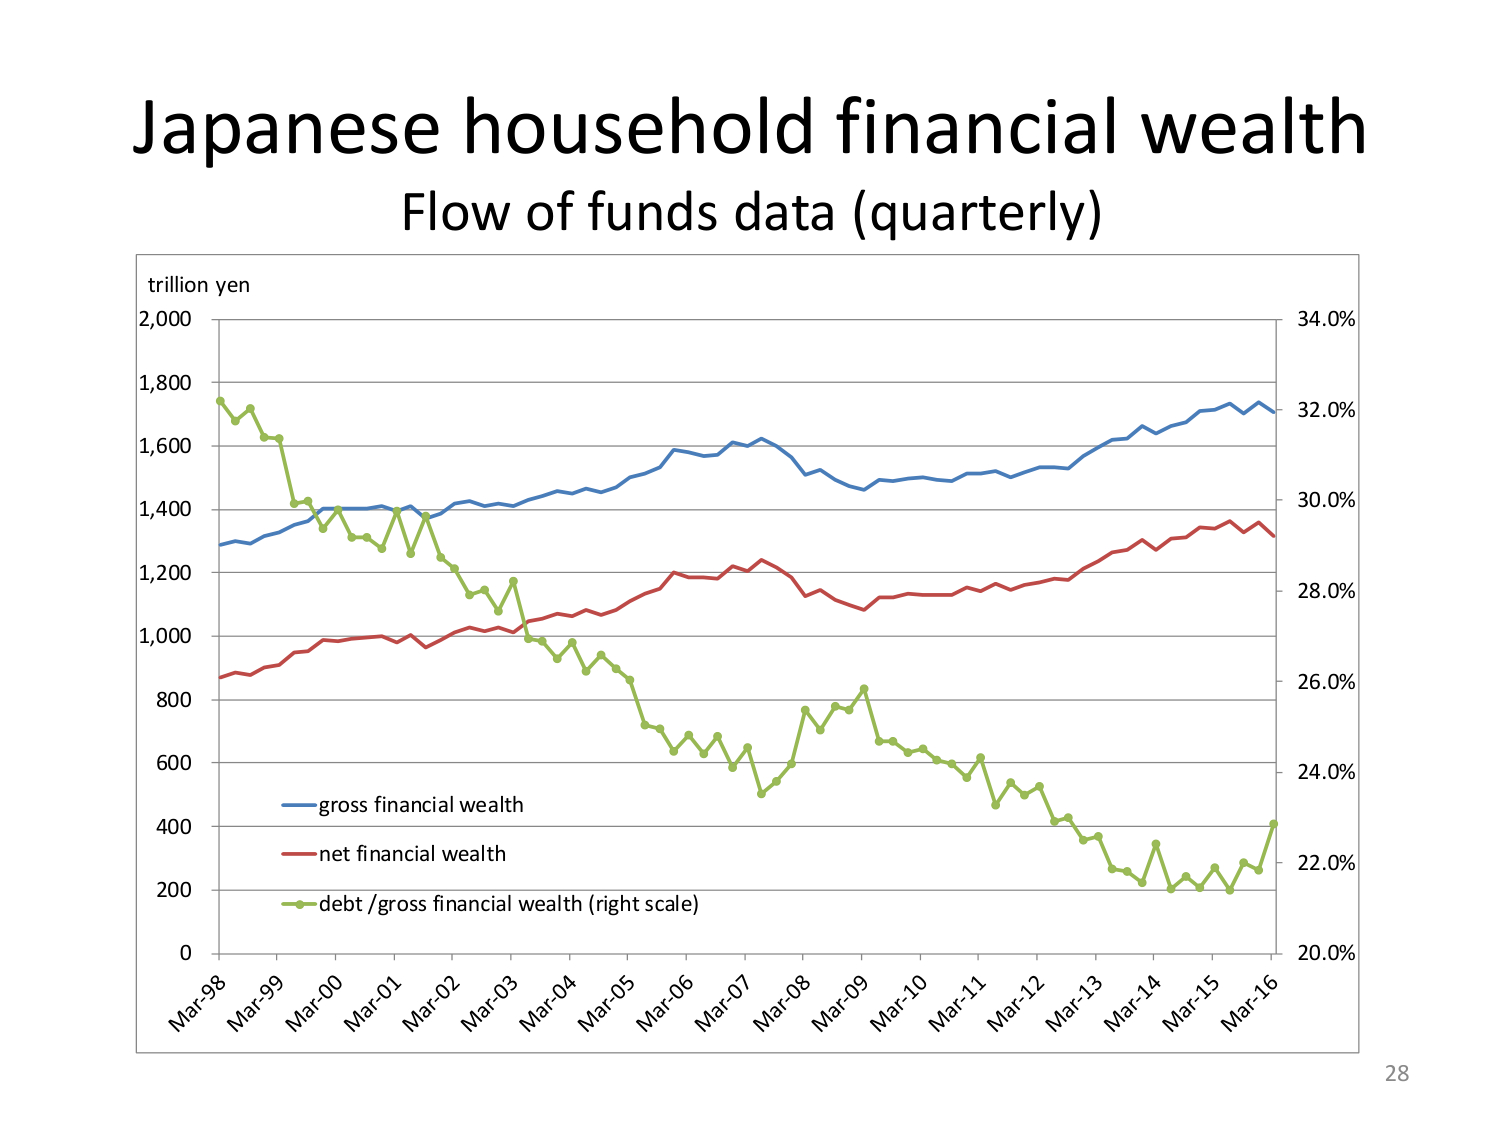
Japanese household financial wealth
Flow of funds data (quarterly)

trillion yen
2,000
1,800
1,600
1,400
1,200
1,000
800
600
400
200
0

Mar-98  Mar-99  Mar-00  Mar-01  Mar-02  Mar-03  Mar-04  Mar-05  Mar-06  Mar-07  Mar-08  Mar-09  Mar-10  Mar-11  Mar-12  Mar-13  Mar-14  Mar-15  Mar-16

34.0%
32.0%
30.0%
28.0%
26.0%
24.0%
22.0%
20.0%

— gross financial wealth
— net financial wealth
— debt / gross financial wealth (right scale)

28